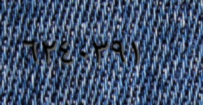
٦٢٤٠٣٩١